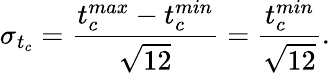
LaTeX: \sigma_{t_{c}}=\frac{t_{c}^{max}-t_{c}^{min}}{\sqrt{12}}=\frac{t_{c}^{min}}{\sqrt{12}}.